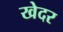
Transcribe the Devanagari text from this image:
खेदर